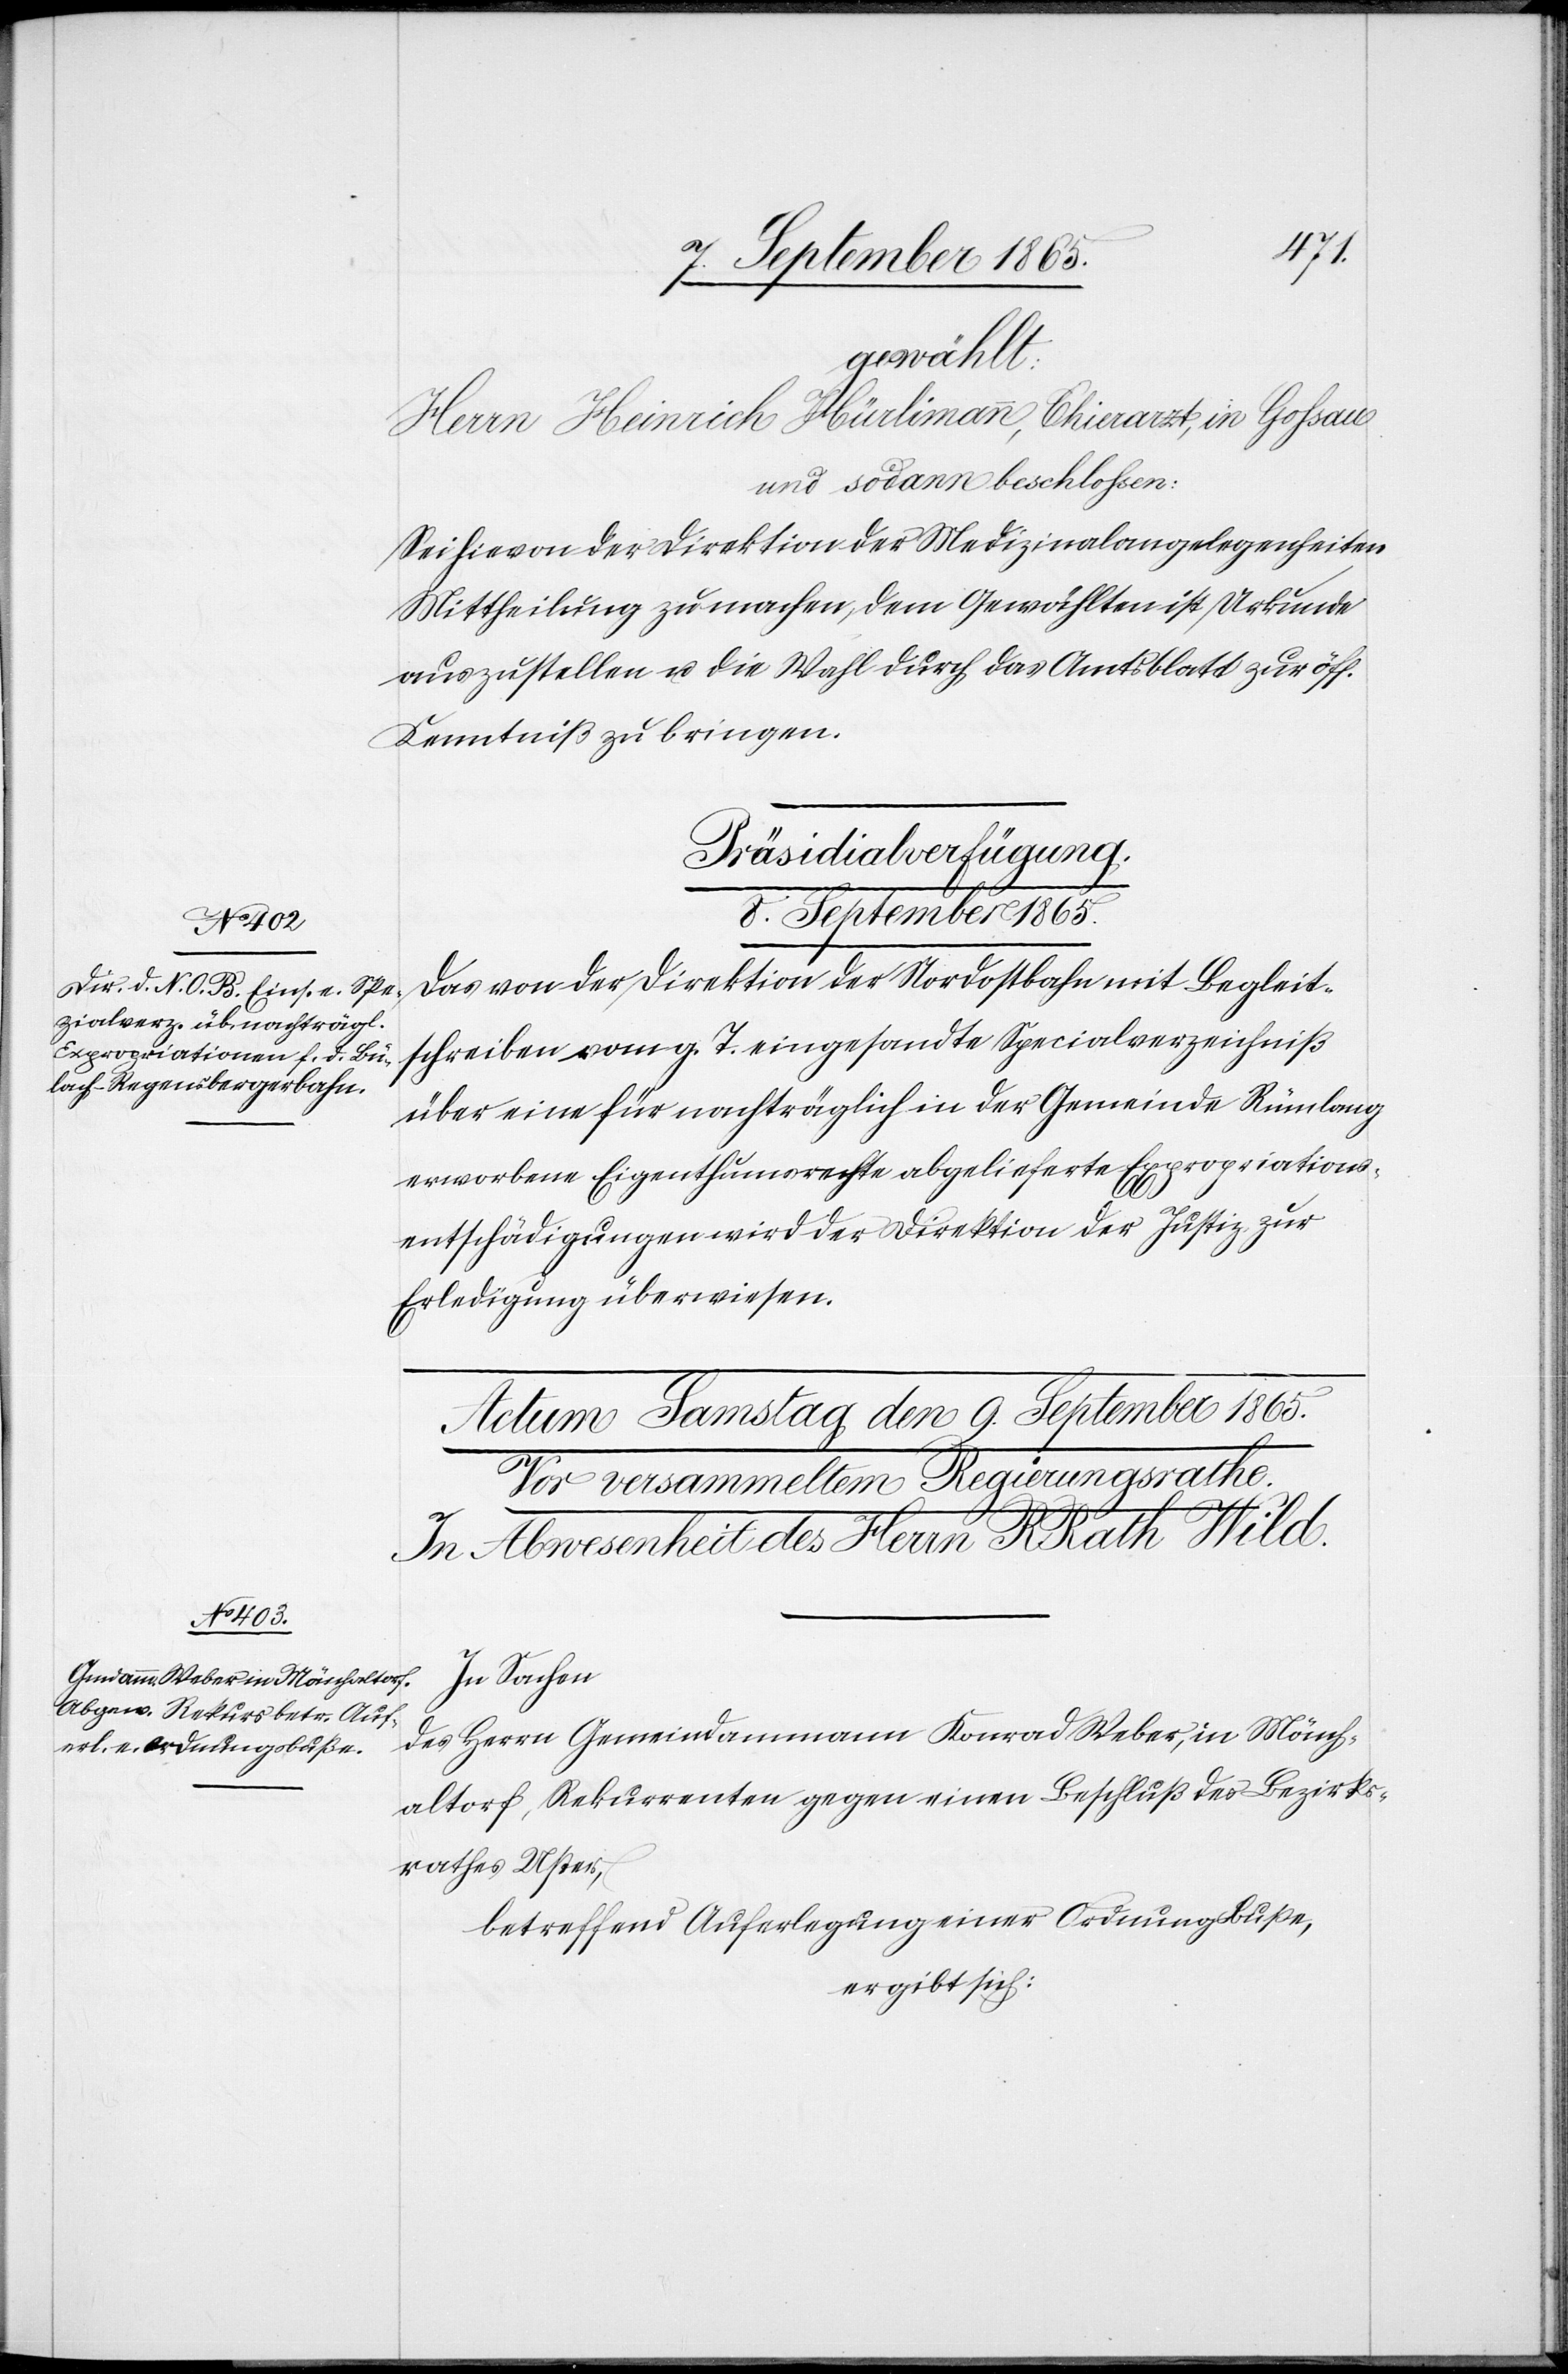
8. September 1865.
gewählt:
Herrn Heinrich Hürlimann, Thierarzt, in Gossau
und sodann beschlossen:
Sei hievon der Direktion der Medizinalangelegenheiten
Mittheilung zu machen, dem Gewählten ist Urkunde
auszustellen u. die Wahl durch das Amtsblatt zur öff.
Kenntniß zu bringen.
Präsidialverfügung.
Das von der Direktion der Nordostbahn mit Begleit¬
schreiben vom g. T. eingesandte Specialverzeichniß
über eine für nachträglich in der Gemeinde Rümlang
erworbene Eigenthumsrechte abgelieferte Expropriations¬
entschädigungen [sic!] wird der Direktion der Justiz zur
Erledigung überwiesen.
In Sachen
des Herrn Gemeindammann Konrad Weber, in Mönch¬
altorf, Rekurrenten gegen einen Beschluß des Bezirks¬
rathes Uster,
betreffend Auferlegung einer Ordnungsbuße,
ergibt sich: